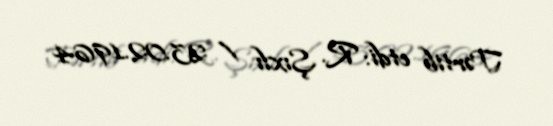
Tərtib etdi: R. Şıxlı / 23.02.1964